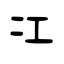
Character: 冮